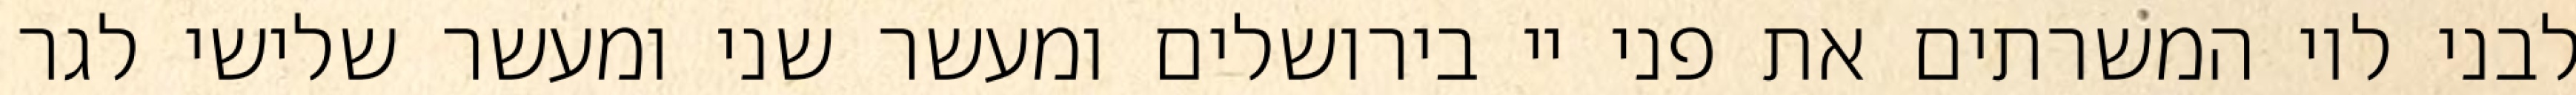
לבני לוי המשרתים את פני יי בירושלים ומעשר שני ומעשר שלישי לגר